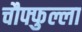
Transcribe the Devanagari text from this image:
चौफ्फुल्ला